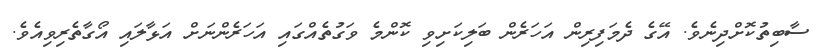
ސާބިތުކޮށްދިނެވެ. އޭގެ ދެމަފިރިން އަހަރެން ބަލިކަށިވި ކޮންމެ ވަގުތެއްގައި އަހަރެންނަށް އަޅާލައި އޯގާތެރިވިއެވެ.